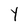
Character: Y